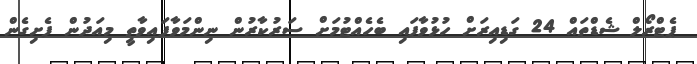
ޕެޓްރޯލް ޝެޑްތައް 24 ގަޑިއިރަށް ހުޅުވާފައި ބެހެއްޓުމަށް ސަރުކާރުން ނިންމަވާފައިވާތީ މިއަދުން ފެށިގެން